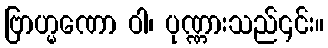
ဗြာဟ္မဏော ဝါ၊ ပုဏ္ဏားသည်၎င်း။